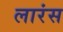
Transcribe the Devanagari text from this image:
लारंस